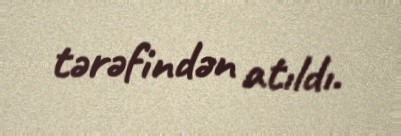
tərəfindən atıldı.